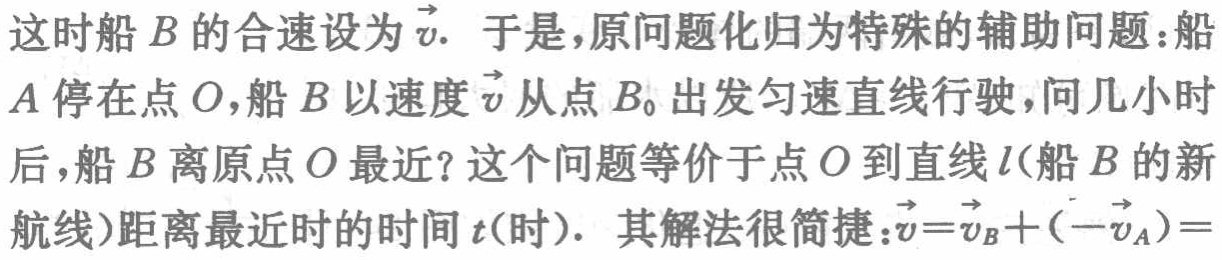
这时船 \(B\) 的合速设为 \(\vec{v}\). 于是，原问题化归为特殊的辅助问题：船 \(A\) 停在点 \(O\)，船 \(B\) 以速度 \(\vec{v}\) 从点 \(B_0\) 出发匀速直线行驶，问几小时后，船 \(B\) 离原点 \(O\) 最近？这个问题等价于点 \(O\) 到直线 \(l\)（船 \(B\) 的新航线）距离最近时的时间 \(t\)（时）. 其解法很简捷：\(\vec{v}=\vec{v}_B+(-\vec{v}_A)=\)